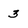
Character: 3